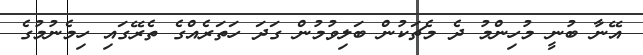
އޭނާ ބުނީ މުހިންމު ދެ މެޗަކުން ބަލިވުމުން ގަދަ ހަތަރެއްގެ ތެރޭގައި ހިމެނުމުގެ